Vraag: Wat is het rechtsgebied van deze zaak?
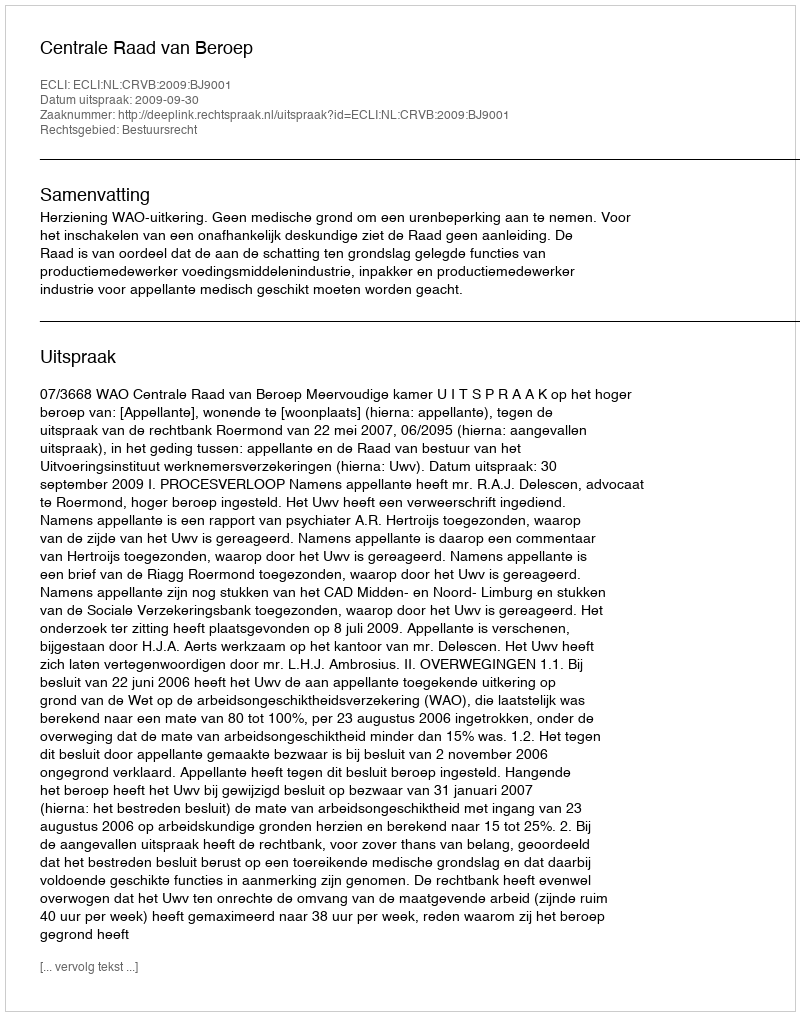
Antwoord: Bestuursrecht